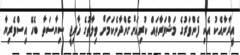
އީރާނާއެކު އެކި ފެންވަރުގެ މަޝްވަރާތައް ކުރިއަށްގެންދާނެކަމަށް ވިލާތުގެ ޚާރިޖީ ސިޔާސަތާ ބެހޭ އިސްވެރިޔާ